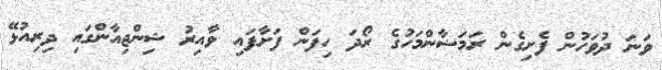
ވަނަ ދުވަހުން ފެށިގެން ރަމަޟާންމަހުގެ ރޯދަ ހިފަން ފަށާފައި ވާއިރު ޝިންޖިއާންގައި ދިރިއުޅޭ